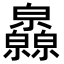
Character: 𤿁